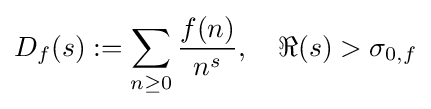
D_{f}(s):=\sum _{n\geq 0}{\frac {f(n)}{n^{s}}},\quad \Re (s)>\sigma _{0,f}